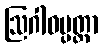
ဩဂါဓပ္ပတ္တာ